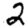
Digit: 2